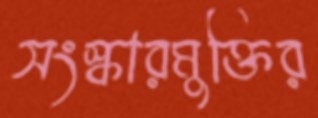
সংস্কারমুক্তির